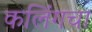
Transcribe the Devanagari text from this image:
कलिंगचा